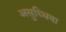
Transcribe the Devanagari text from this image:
असुध्धिया